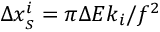
\Delta x _ { _ { S } } ^ { i } = \pi \Delta { \cal E } k _ { i } / f ^ { 2 }